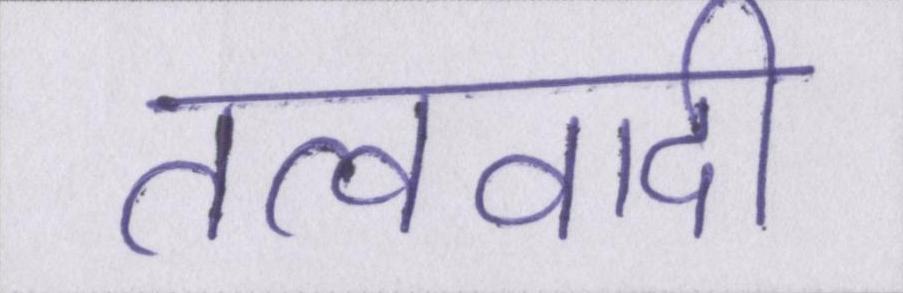
तत्ववादी